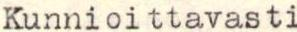
Kunnioittavasti